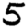
Digit: 5